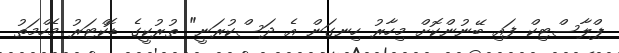
ޕްލާސްޓިކް ފައި ބޭނުންކޮށް މިހާރު ހިނގަން އެ ދަސްކުރަނީ" ތުރުކީގެ ޑޮކްޓަރު މެހްމަތު